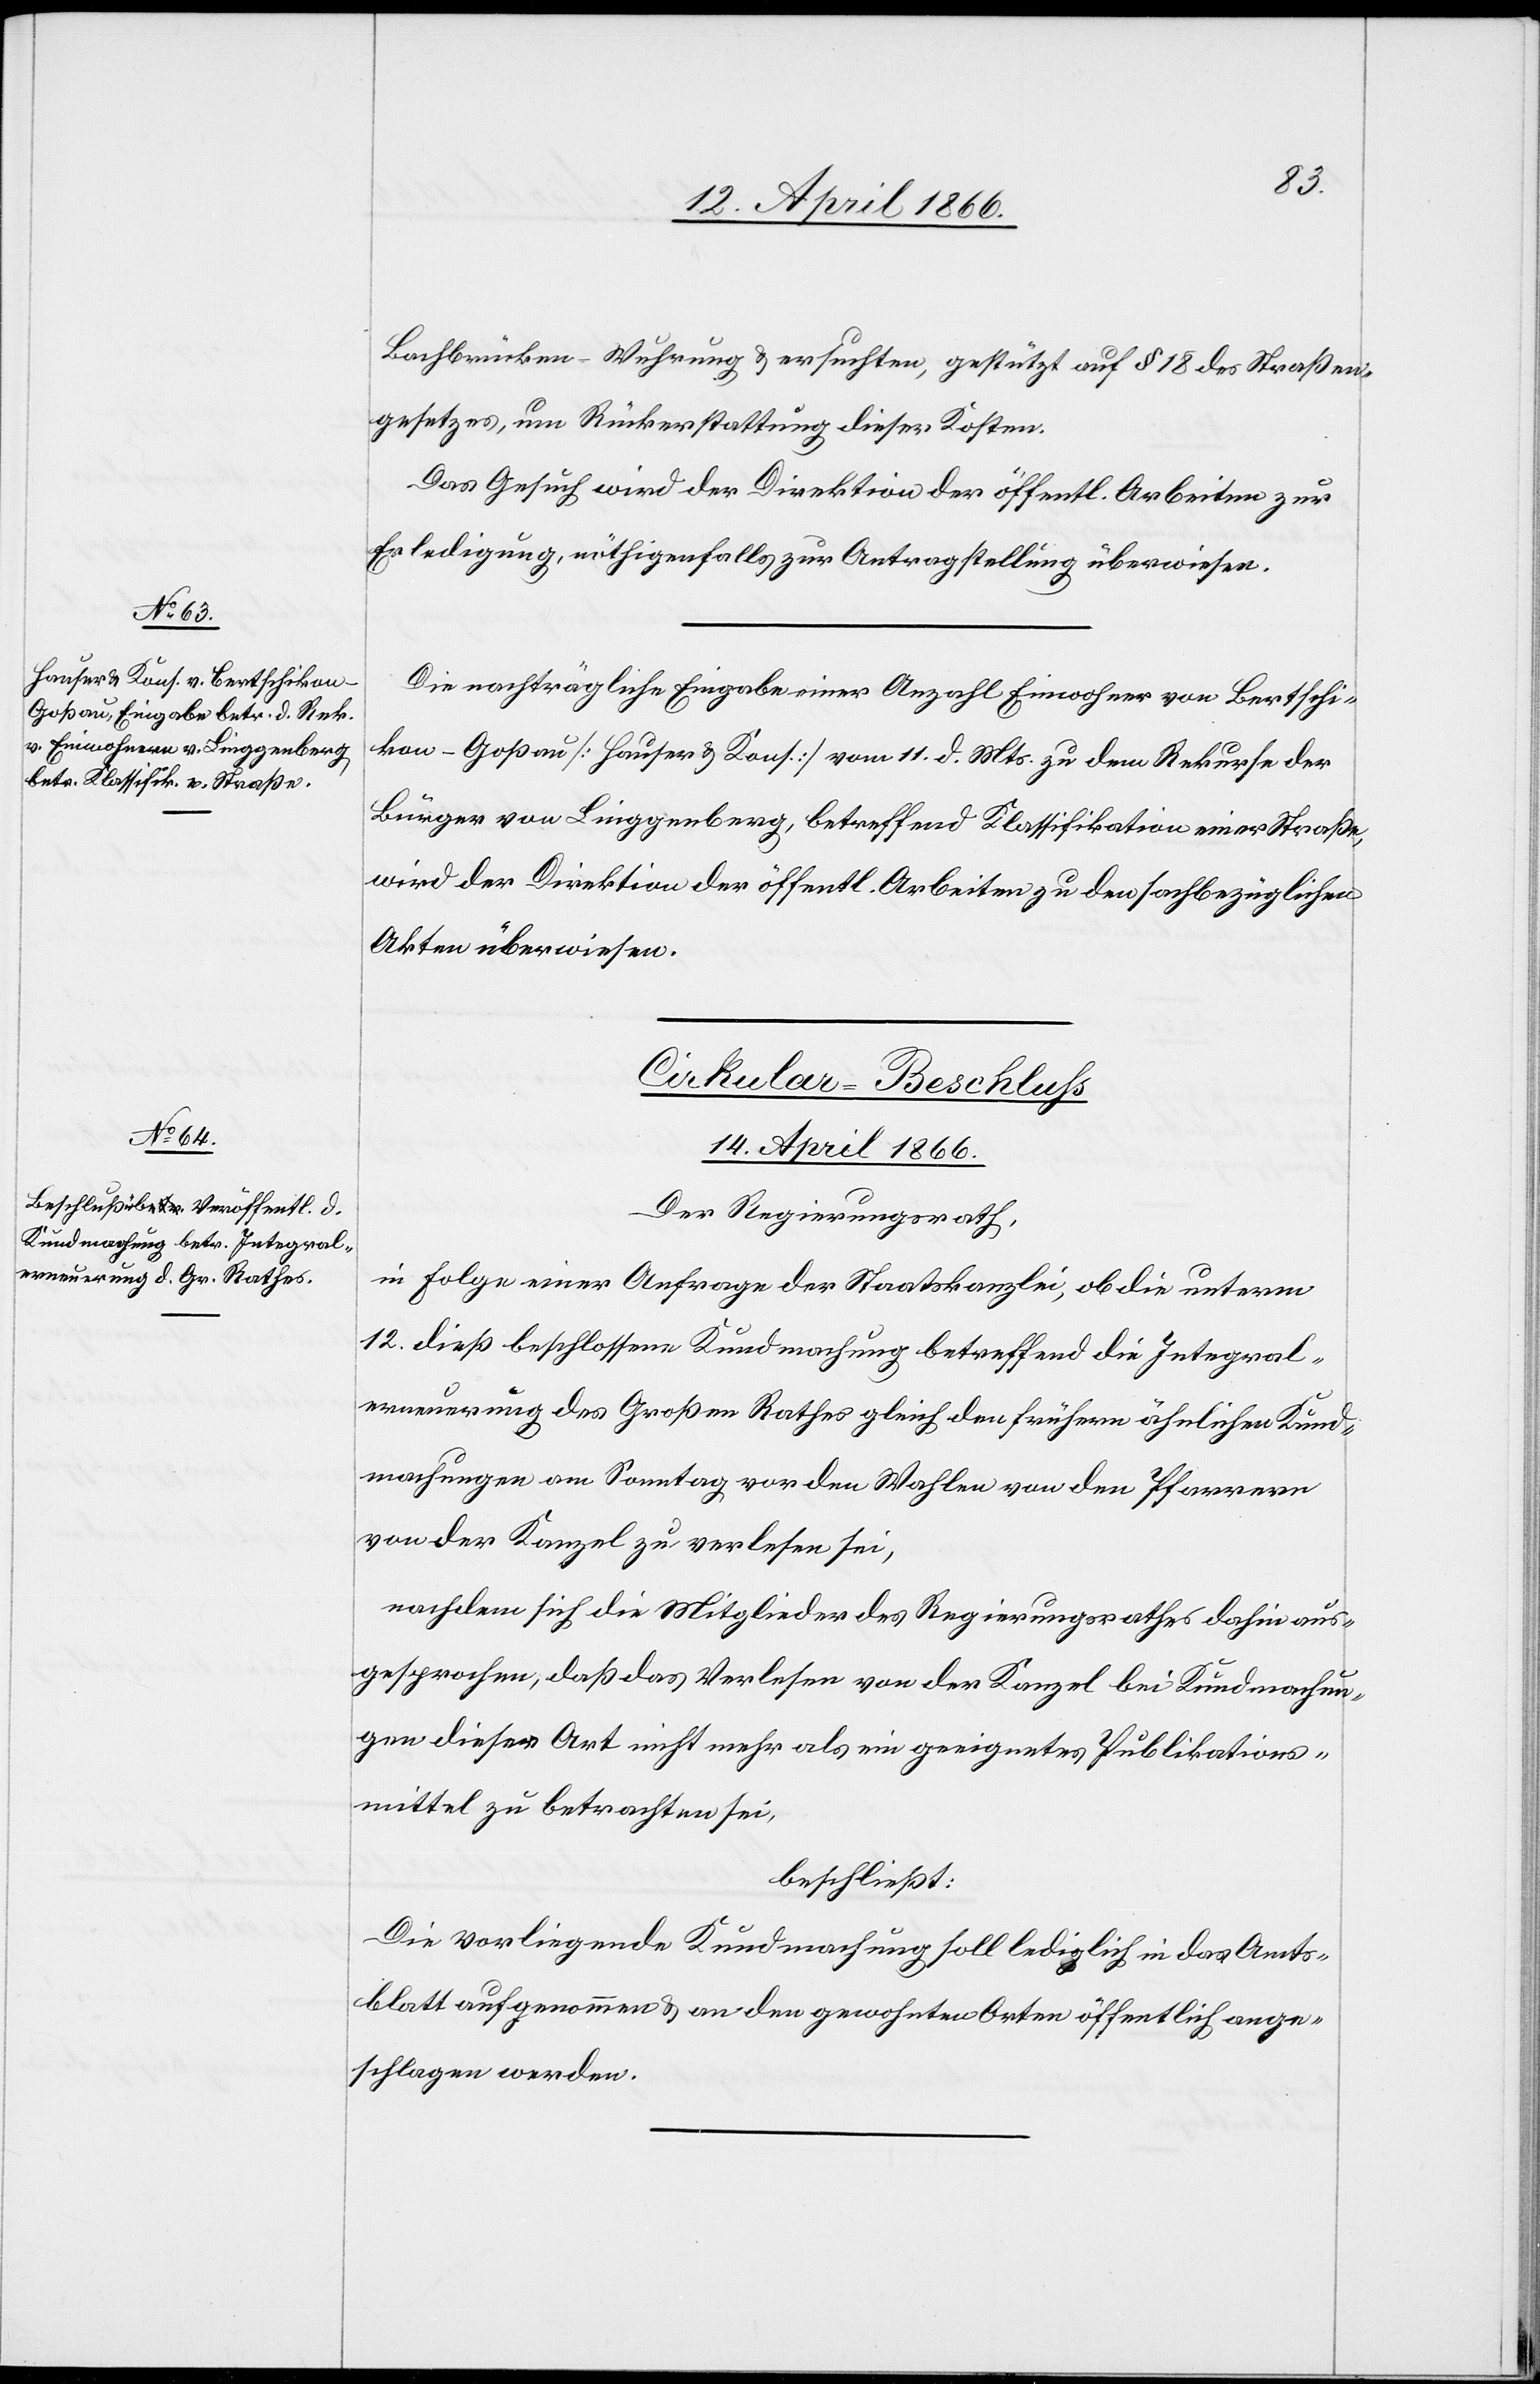
Bachbrücken-Wuhrung u. ersuchten, gestützt auf § 18 des Straßen¬
gesetzes, um Rückerstattung dieser Kosten.
Das Gesuch wird der Direktion der öffentl. Arbeiten zur
Erledigung, nöthigenfalls zur Antragstellung überwiesen.
Die nachträgliche Eingabe einer Anzahl Einwohner von Bertschi¬
kon-Goßau [Hauser u. Kons.] vom 11. d. Mts. zu dem Rekurse der
Bürger von Linggenberg, betreffend Klassifikation einer Straße,
wird der Direktion der öffentl. Arbeiten zu den sachbezüglichen
Akten überwiesen.
Cirkular-Beschluss
14. April 1866.
Der Regierungsrath,
in Folge einer Anfrage der Staatskanzlei, ob die unterm
12. dieß beschlossene Kundmachung betreffend die Integral¬
erneuerung des Großen Rathes gleich den frühern ähnlichen Kund¬
machungen am Sonntag vor den Wahlen von den Pfarrern
von der Kanzel zu verlesen sei,
nachdem sich die Mitglieder des Regierungsrathes dahin aus¬
gesprochen haben, daß das Verlesen von der Kanzel bei Kundmachun¬
gen dieser Art nicht mehr als ein geeignetes Publikations¬
mittel zu betrachten sei,
beschließt:
Die vorliegende Kundmachung soll lediglich in das Amts¬
blatt aufgenommen u. an den gewohnten Orten öffentlich ange¬
schlagen werden.